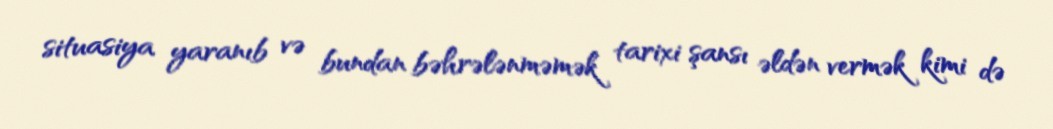
situasiya yaranıb və bundan bəhrələnməmək tarixi şansı əldən vermək kimi də